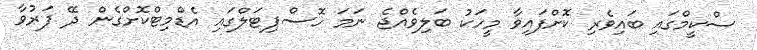
ސްކީމްގައި ބައިވެރި ކޮށްފައިވާ މީހަކު ބަލިވެއްޖެ ނަމަ ހޮސްޕިޓަލްގައި އެޑްމިޓްކޮށްގެން ދޭ ފަރުވާ